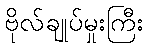
ဗိုလ်ချုပ်မှုးကြီး